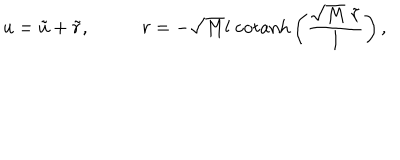
LaTeX: u = \tilde { u } + \tilde { r } , \; r = - \sqrt { M } l \; \mathrm { c o t a n h } \left( \frac { \sqrt { M } \; \tilde { r } } { l } \right) ,